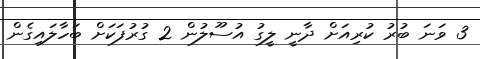
3 ވަނަ ބުރު ކުރިއަށް ދާނީ ލީގު އުސޫލުން 2 ގުރުފަކަށް ބަހާލައިގެން